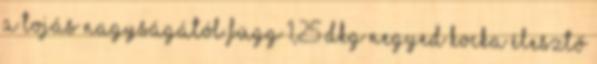
a tojás nagyságától függ 1,25 dkg negyed kocka élesztő